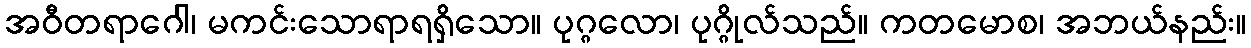
အဝီတရာဂေါ၊ မကင်းသောရာရရှိသော။ ပုဂ္ဂလော၊ ပုဂ္ဂိုလ်သည်။ ကတမောစ၊ အဘယ်နည်း။